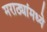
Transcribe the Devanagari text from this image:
मराठ्यांमध्ये